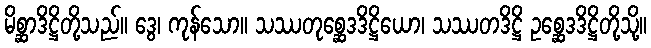
မိစ္ဆာဒိဋ္ဌိတို့သည်။ ဒွေ၊ ကုန်သော။ သဿတုစ္ဆေဒဒိဋ္ဌိယော၊ သဿတဒိဋ္ဌိ ဥစ္ဆေဒဒိဋ္ဌိတို့သို့။